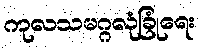
ကုလသမဂ္ဂလုံခြုံရေး